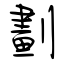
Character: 劃